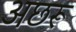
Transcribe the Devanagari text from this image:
अछरू